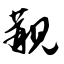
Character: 觏